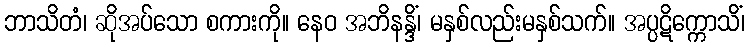
ဘာသိတံ၊ ဆိုအပ်သော စကားကို။ နေဝ အဘိနန္ဒိံ၊ မနှစ်လည်းမနှစ်သက်။ အပ္ပဋိက္ကောသိံ၊